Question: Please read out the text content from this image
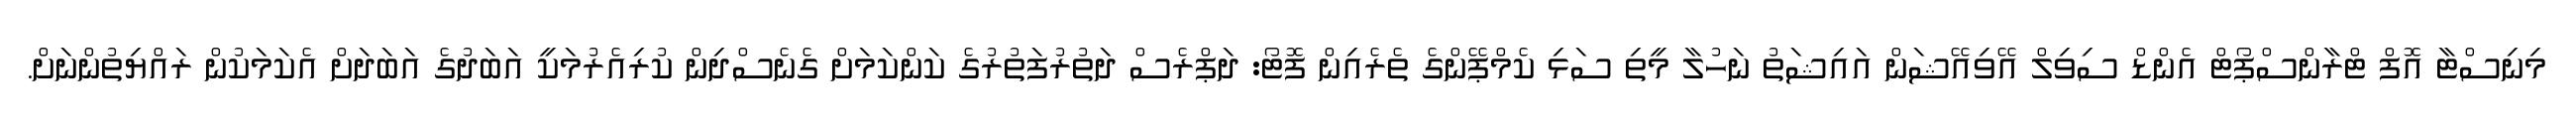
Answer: މިނިސްޓާ އޮފް ޓްރާންސްޕޯޓް އެންޑް ސިވިލް އޭވިއޭޝަން އައިޝަތު ނަހުލާ މީތި ސަޅި ކެމްޕޭންގެ ތެރެއިން ފޮޓޯ: ދަޕްރެސް ދަތުރުފަތުރުގެ ކަންކަމަށް ގެނެސްދިން ކުރިއެރުމަކީ އަބަދުގެ އަބަދަށް އެކަމަކުން ރައްޔިތުންނަށް.